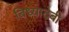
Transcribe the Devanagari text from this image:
बिध्यादेबी